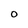
Character: O